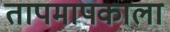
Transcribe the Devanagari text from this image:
तापमापकाला